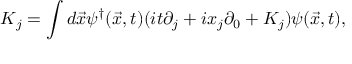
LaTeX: K _ { j } = \int d \vec { x } \psi ^ { \dag } ( \vec { x } , t ) ( i t \partial _ { j } + i x _ { j } \partial _ { 0 } + { \cal K } _ { j } ) \psi ( \vec { x } , t ) ,